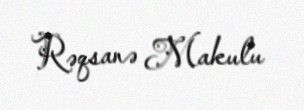
Rəqsanə Makulu